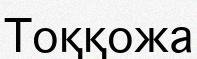
Тоққожа